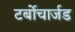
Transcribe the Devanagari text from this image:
टर्बोचार्जड